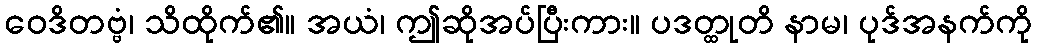
ဝေဒိတဗ္ဗံ၊ သိထိုက်၏။ အယံ၊ ဤဆိုအပ်ပြီးကား။ ပဒတ္ထုတိ နာမ၊ ပုဒ်အနက်ကို